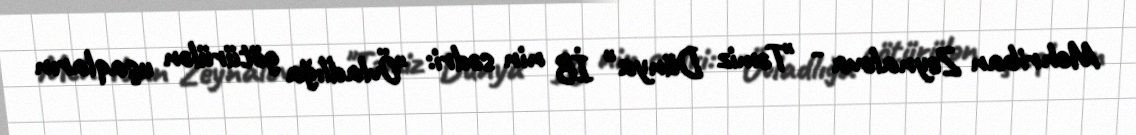
Mehriban Zeynalova - "Təmiz Dünya" İB nin sədri: "Övladlığa götürülən uşaqların